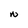
Character: N